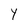
Character: Y